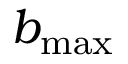
b _ { \mathrm { m a x } }